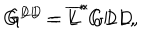
G ^ { D L } = \overline { { { L } } } ^ { * } G D L , \hspace { 0 . 3 i n } G ^ { L D } = \overline { { { L } } } ^ { * } G L D ,